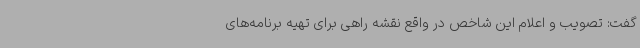
گفت: تصویب و اعلام این شاخص در واقع نقشه راهی برای تهیه برنامه‌های